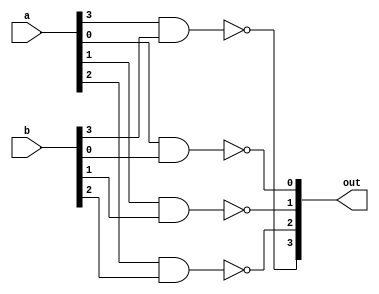
module four_nand(a, b, out);

input [3:0]a;
input [3:0]b;
output [3:0]out;

nand zero(out[0], a[0], b[0]);
nand one(out[1], a[1], b[1]);
nand two(out[2], a[2], b[2]);
nand three(out[3], a[3], b[3]);

endmodule